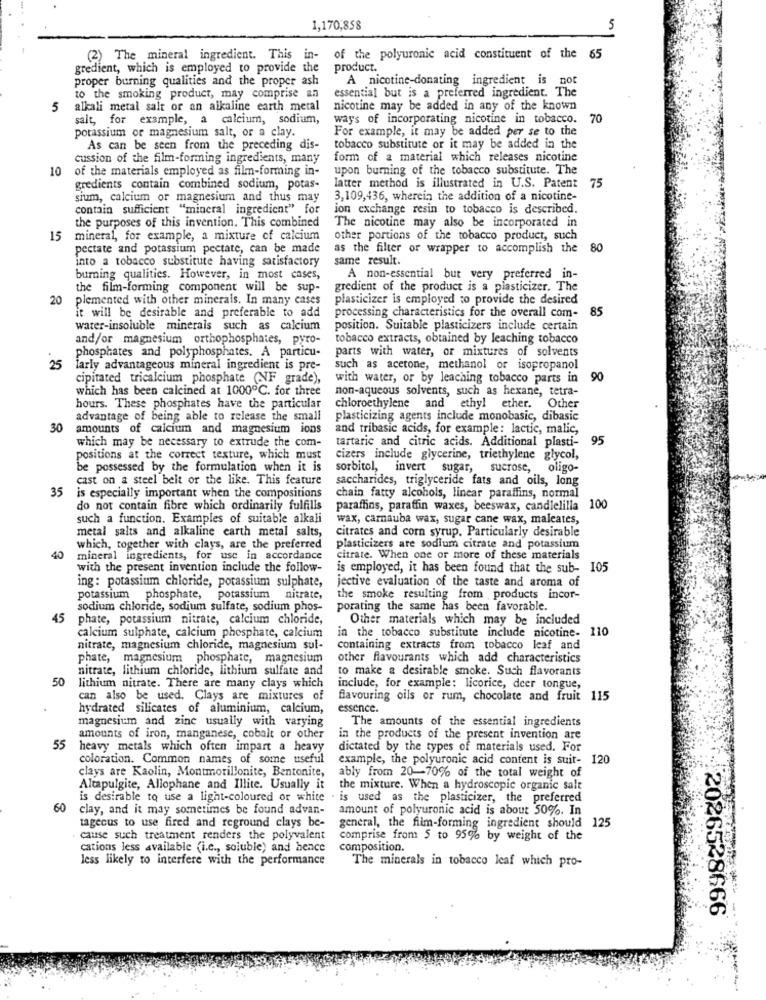
1,170,858
5
(2) The mineral ingredient. This in- of the polyuronic acid constituent of the 65
gredient, which is employed to provide the
product.
proper burning qualities and the proper ash
A nicotine-donating ingredient is not
essential but is a preferred ingredient. The
to the smoking product, may comprise an
5
alkali metal salt or an alkaline earth metal
nicotine may be added in any of the known
salt, for example, a calcium, sodium,
ways of incorporating nicotine in tobacco.
70
For example, it may be added per se to the
potassium or magnesium salt, or a clay.
As can be seen from the preceding dis-
tobacco substitute or it may be added in the
cussion of the film-forming ingredients, many
form of a material which releases nicotine
10
of the materials employed as film-forming in-
upon burning of the tobacco substitute. The
gredients contain combined sodium, potas-
latter method is illustrated in U.S. Patent 75
sium, calcium or magnesium and thus may
3,109,436, wherein the addition of a nicotine-
contain sufficient "mineral ingredient" for
ion exchange resin to tobacco is described.
the purposes of this invention. This combined
The nicotine may also be incorporated in
15
mineral, for example, a mixture of calcium
other portions of the tobacco product, such
pectate and potassium pectate, can be made
as the filter or wrapper to accomplish the
80
into a tobacco substitute having satisfactory
same result.
burning qualities. However, in most cases,
A non-essential but very preferred in-
the film-forming component will be sup-
gredient of the product is a plasticizer. The
20
plemented with other minerals. In many cases
plasticizer is employed to provide the desired
processing characteristics for the overall com-
85
it will be desirable and preferable to add
water-insoluble minerals such as calcium
position. Suitable plasticizers include certain
and/or magnesium orthophosphates, pyro-
tobacco extracts, obtained by leaching tobacco
phosphates and polyphosphates. A particu-
parts with water, or mixtures of solvents
25
larly advantageous mineral ingredient is pre-
such as acetone, methanol or isopropanol
cipitated tricalcium phosphate (NF grade),
with water, or by leaching tobacco parts in
90
which has been calcined at 1000℃. for three
non-aqueous solvents, such as hexane, tetra-
hours. These phosphates have the particular
chloroethylene and ethyl ether. Other
advantage of being able to release the small
plasticizing agents include monobasic, dibasic
30
amounts of calcium and magnesium ions
and tribasic acids, for example: lactic, malic,
which may be necessary to extrude the com-
tartaric and citric acids. Additional plasti-
95
positions at the correct texture, which must
cizers include glycerine, triethylene glycol,
be possessed by the formulation when it is
sorbitol, invert sugar, sucrose, oligo-
cast on a steel beit or the like. This feature
saccharides, triglyceride fats and oils, long
35
is especially important when the compositions
chain fatty alcohols, linear paraffins, normal
do not contain fibre which ordinarily fulfilis
paraffins, paraffin waxes, beeswax, candlelilla 100
such a function. Examples of suitable alkali
wax, carnauba wax, sugar cane wax, maleates,
metal salts and alkaline earth metal salts,
citrates and corn syrup. Particularly desirable
which, together with clays, are the preferred
plasticizers are sodium citrate and potassium
40
mineral ingredients, for use in accordance
citrate. When one or more of these materials
with the present invention include the follow-
is employed, it has been found that the sub- 105
jective evaluation of the taste and aroma of
ing: potassium chloride, potassium sulphate,
potassium phosphate, potassium nitrate,
the smoke resulting from products incor-
sodium chloride, sodium sulfate, sodium phos-
porating the same has been favorable.
45
phate, potassium nitrate, calcium chloride,
Other materials which may be included
calcium sulphate, calcium phosphate, calcium
in the tobacco substitute include nicotine- 110
nitrate, magnesium chloride, magnesium sul-
containing extracts from tobacco leaf and
phate, magnesium phosphate, magnesium
other flavourants which add characteristics
nitrate, lithium chloride, lithium sulfate and
to make a desirable smoke. Such flavorants
50
lithium nitrate. There are many clays which
include, for example: licorice, deer tongue,
can also be used. Clays are mixtures of
flavouring oils or rum, chocolate and fruit 115
hydrated silicates of aluminium, calcium,
essence.
The amounts of the essential ingredients
magnesium and zine usually with varying
amounts of iron, manganese, cobalt or other
in the products of the present invention are
55
heavy metals which often impart a heavy
dictated by the types of materials used. For
coloration. Common names of some useful
example, the polyuronic acid content is suit- 120
clays are Kaolin, Montmorillonite, Bentonite,
ably from 20-70% of the total weight of
Altapulgite, Allophane and Illite. Usually it
the mixture. When a hydroscopic organic salt
is desirable to use a light-coloured or white . is used as the plasticizer, the preferred
60
clay, and it may sometimes be found advan-
amount of polyuronic acid is about 50%. In
tagecus to use fired and reground clays be-
general, the film-forming ingredient should 125
cause such treatment renders the polyvalent
comprise from 5 to 95% by weight of the
cations less available (i.e ., soluble) and hence
composition.
less likely to interfere with the performance
The minerals in tobacco leaf which pro-
2026528666